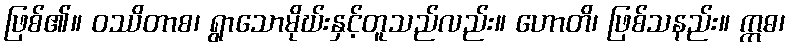
ဖြစ်၏။ ဝဿိတာစ၊ ရွာသောမိုဃ်းနှင့်တူသည်လည်း။ ဟောတိ၊ ဖြစ်သနည်း။ ဣဓ၊